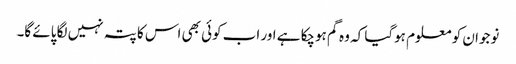
نوجوان کو معلوم ہوگیا کہ وہ گم ہوچکا ہے اور اب کوئی بھی اس کا پتہ نہیں لگا پائے گا۔